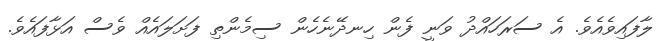
ލާފައިވެއެވެ. އެ ސަރަހައްދު ވަނީ ފެން ހިނދޭނެހެން ސިމެންތި ފަށަލައެއް ވެސް އަޅާފައެވެ.